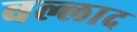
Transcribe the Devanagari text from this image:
बल्लाद